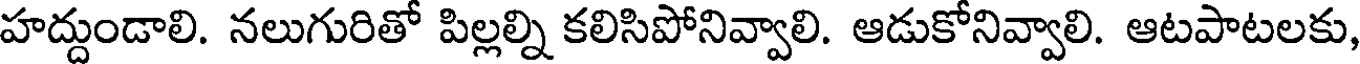
హద్దుండాలి. నలుగురితో పిల్లల్ని కలిసిపోనివ్వాలి. ఆడుకోనివ్వాలి. ఆటపాటలకు,